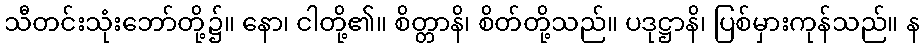
သီတင်းသုံးဘော်တို့၌။ နော၊ ငါတို့၏။ စိတ္တာနိ၊ စိတ်တို့သည်။ ပဒုဋ္ဌာနိ၊ ပြစ်မှားကုန်သည်။ န